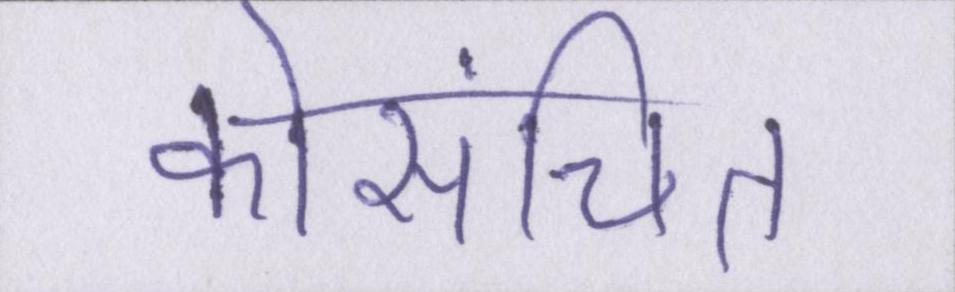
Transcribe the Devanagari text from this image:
कोसंचित